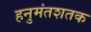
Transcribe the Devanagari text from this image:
हनुमंतशतक